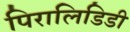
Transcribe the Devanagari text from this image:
पिरालिडिडी